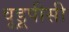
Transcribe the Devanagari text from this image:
वूडूपीसी